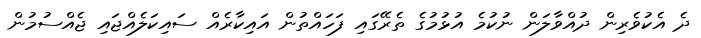
ދެ އެކުވެރިން ދުއްވާލަން ނުކުމެ އުޅުމުގެ ތެރޭގައި ފަހައްތުން އައިކާރެއް ސައިކަލެއްޖައި ޖެއްސުމުން